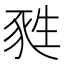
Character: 甤